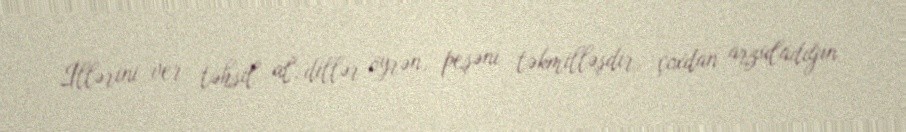
İllərini ver təhsil al, dillər öyrən, peşəni təkmilləşdir, çoxdan arzuladığın